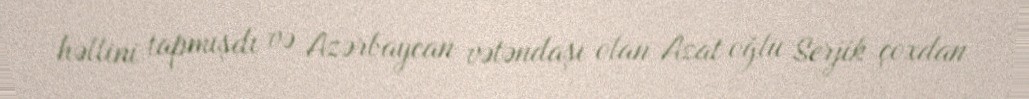
həllini tapmışdı və Azərbaycan vətəndaşı olan Azat oğlu Serjik çoxdan